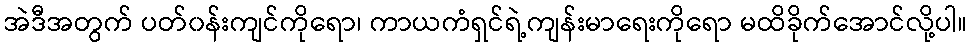
အဲဒီအတွက် ပတ်၀န်းကျင်ကိုရော၊ ကာယကံရှင်ရဲ့ကျန်းမာရေးကိုရော မထိခိုက်အောင်လို့ပါ။